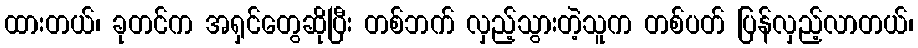
ထားတယ်၊ ခုတင်က အရှင်တွေဆိုပြီး တစ်ဘက် လှည့်သွားတဲ့သူက တစ်ပတ် ပြန်လှည့်လာတယ်၊